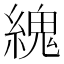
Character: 䌆